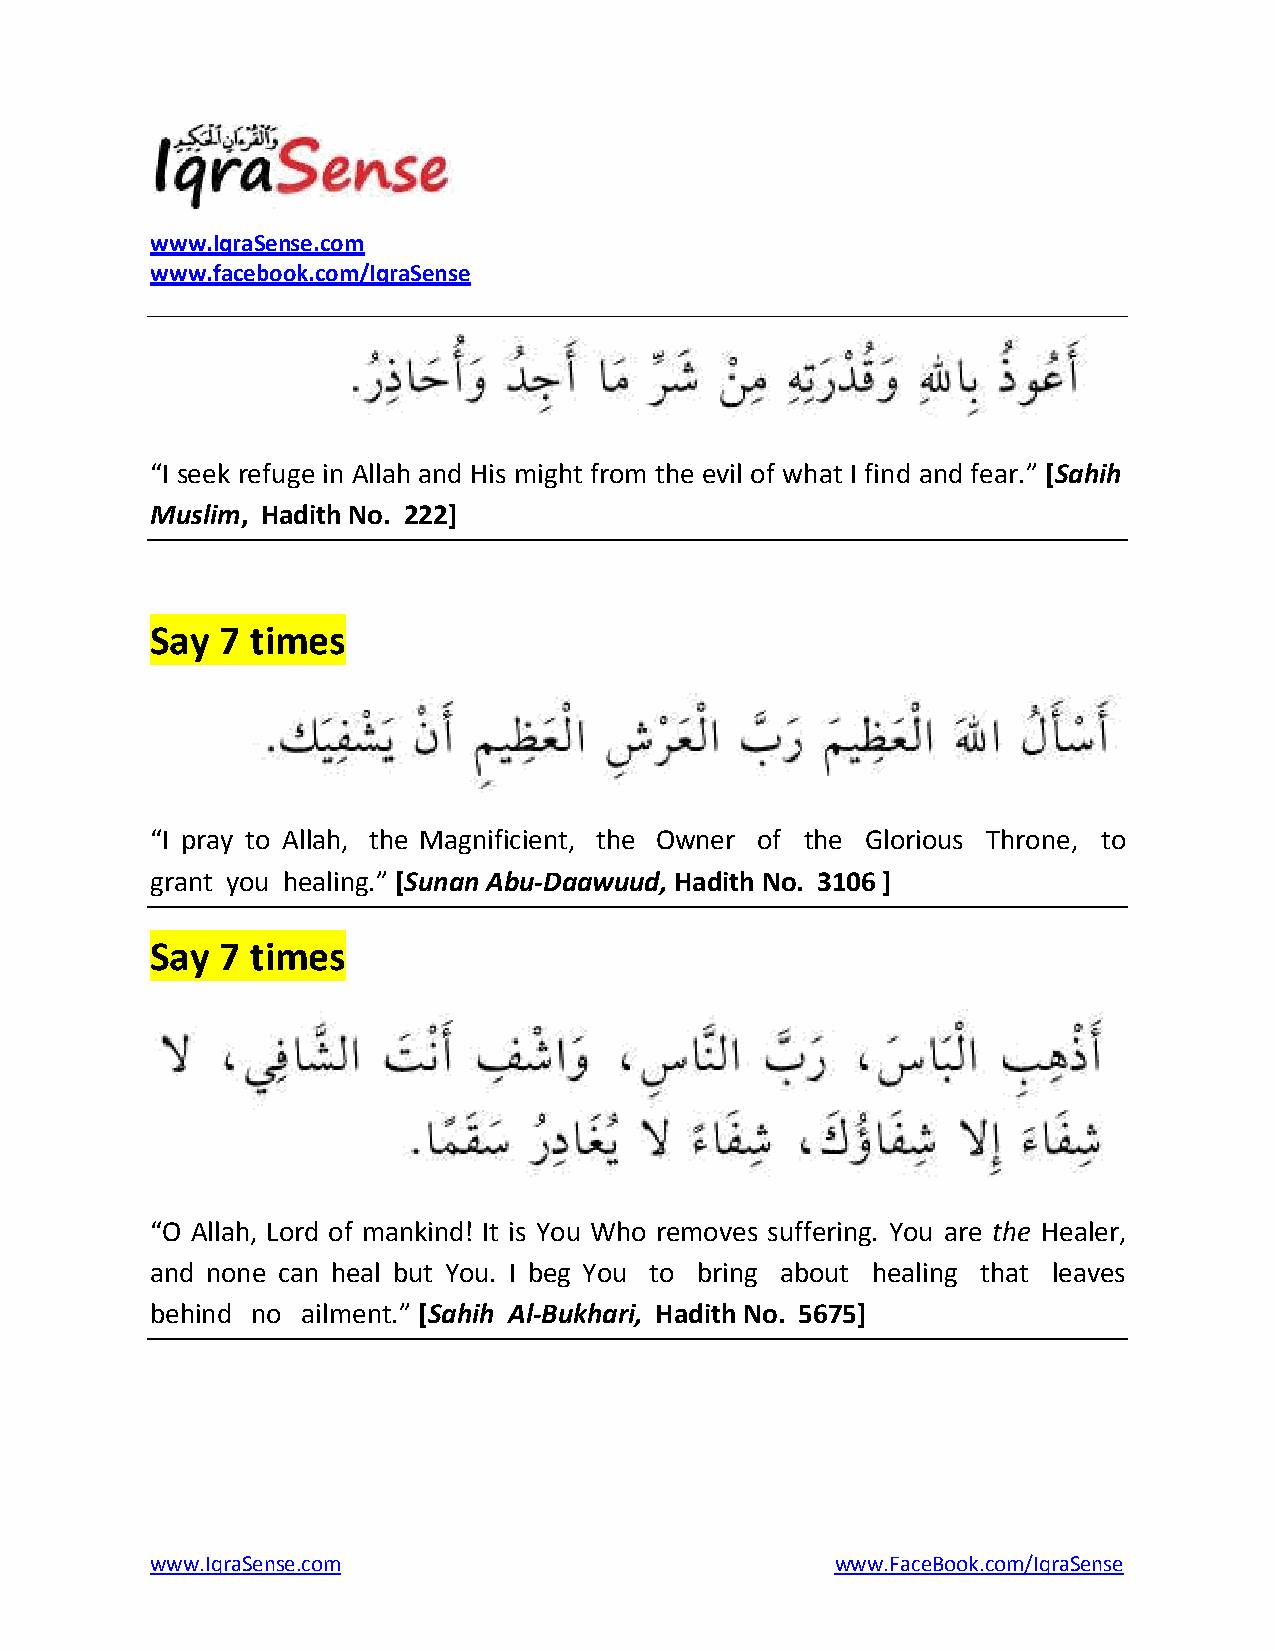
www.IqraSense.com
 www.facebook.com/IqraSense
 “I seek refuge in Allah and His might from the evil of what I find and fear.” [Sahih
 Muslim, Hadith No. 222]
 Say  7 times
 “I pray to Allah, the Magnificient, the Owner of the Glorious Throne, to
 grant you healing.” [Sunan Abu-Daawuud, Hadith No. 3106 ]
 Say  7 times
 “O Allah, Lord of mankind! It is You Who removes suffering. You are the Healer,
 and none can heal but You. I beg You to bring about healing that leaves
 behind no ailment.” [Sahih Al-Bukhari, Hadith No. 5675]
 www.IqraSense.com                            www.FaceBook.com/IqraSense